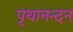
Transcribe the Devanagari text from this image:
पृथानन्दन